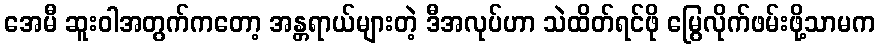
အေမီ ဆူးဝါအတွက်ကတော့ အန္တရာယ်များတဲ့ ဒီအလုပ်ဟာ သဲထိတ်ရင်ဖို မြွေလိုက်ဖမ်းဖို့သာမက